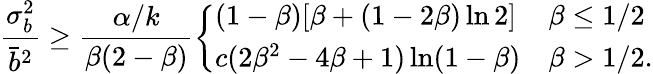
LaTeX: \frac{\sigma_{b}^{2}}{\bar{b}^{2}}\ge\frac{\alpha/k}{\beta(2-\beta)}\left\{ \begin{array}{ll}{(1-\beta)[\beta+(1-2\beta)\ln 2]}&{\beta\le 1/2}\\ {c(2\beta^{2}-4\beta+1)\ln(1-\beta)}&{\beta>1/2.}\end{array}\right.